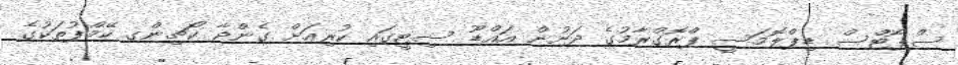
ސްޕޯޓްސް ޑިޕްލޮމަސީ ޕްރޮގްރާމުގެ ދަށުން އައްޑޫ ސިޓީގައި ކުރިއަށް ގެންދާ ކޯޗިންގ ކޭމްޕުތަކުގެ